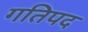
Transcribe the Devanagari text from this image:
गतिपद